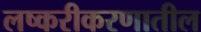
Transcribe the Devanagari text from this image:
लष्करीकरणातील